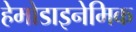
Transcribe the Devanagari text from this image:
हेमोडाइनेमिक